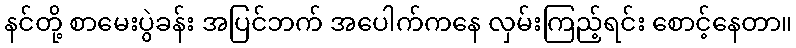
နင်တို့ စာမေးပွဲခန်း အပြင်ဘက် အပေါက်ကနေ လှမ်းကြည့်ရင်း စောင့်နေတာ။